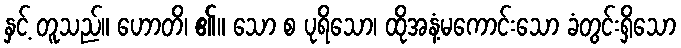
နှင့် တူသည်။ ဟောတိ၊ ၏။ သော စ ပုရိသော၊ ထိုအနံ့မကောင်းသော ခံတွင်းရှိသော